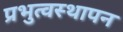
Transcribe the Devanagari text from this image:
प्रभुत्वस्थापन